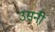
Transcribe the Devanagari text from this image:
उसनी